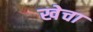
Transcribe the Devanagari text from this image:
खेचा